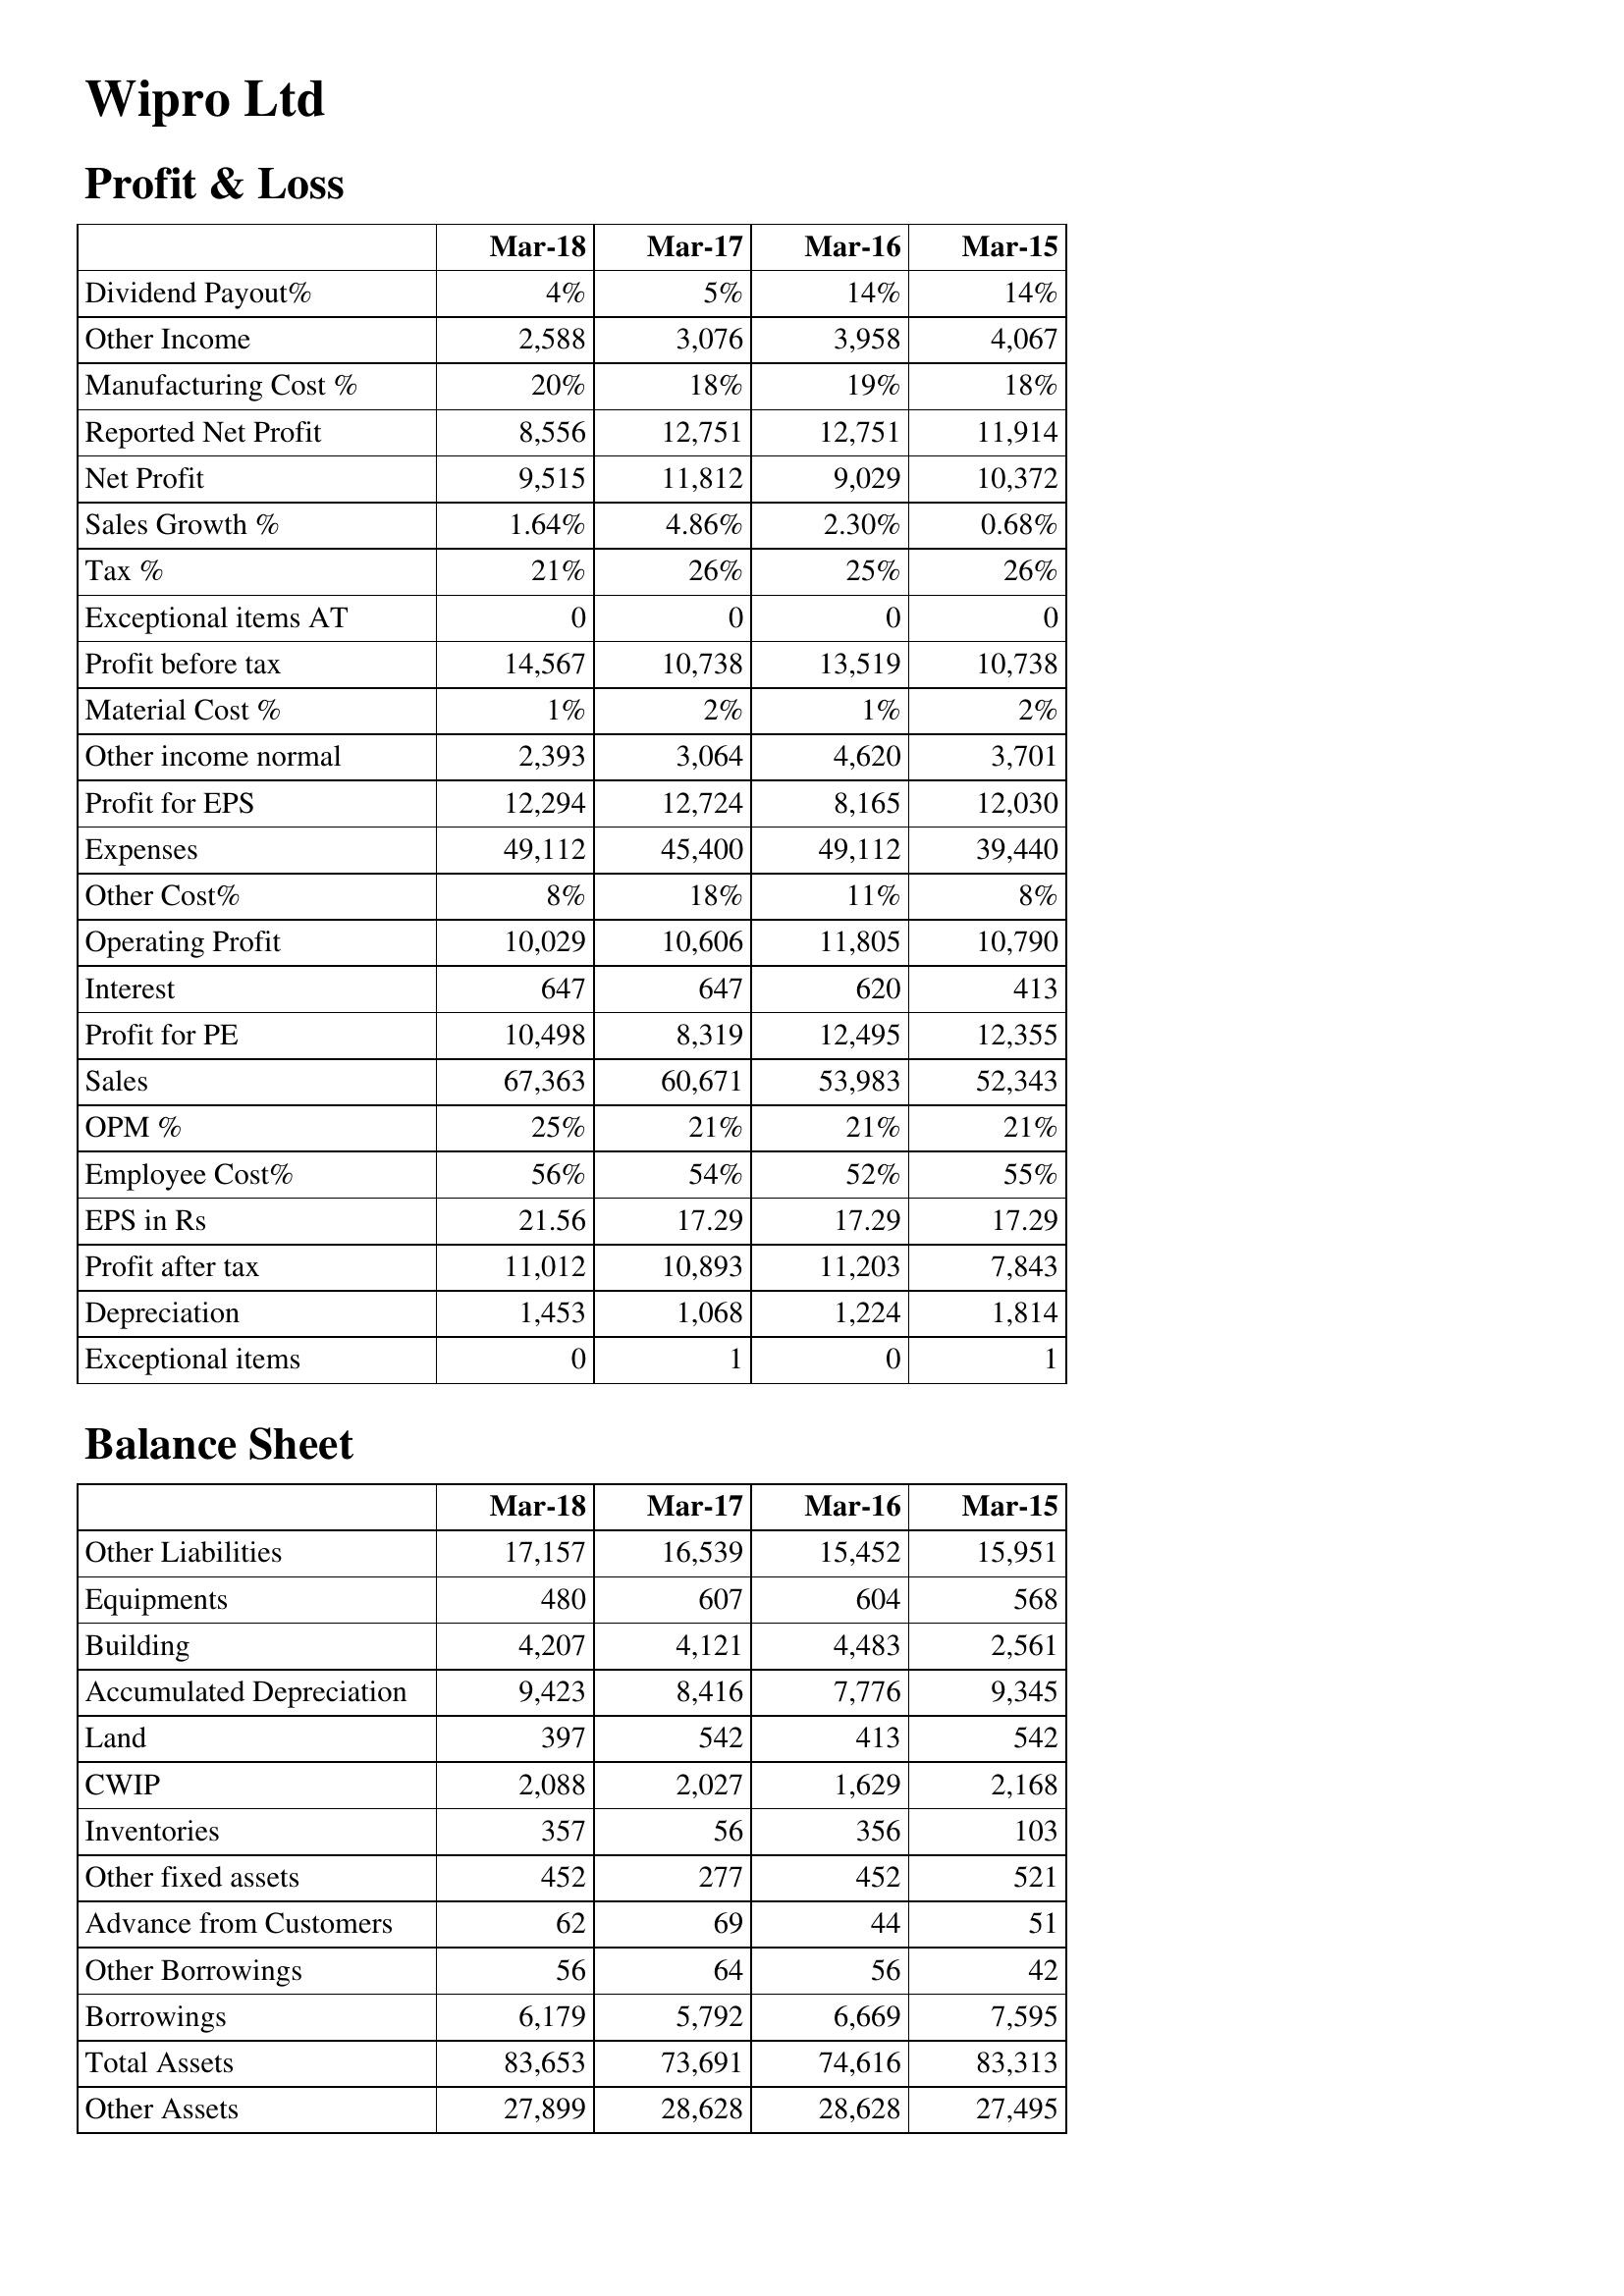
Mar-18: Profit & Loss: Dividend Payout%: 4%
Other Income: 2,588
Manufacturing Cost %: 20%
Reported Net Profit: 8,556
Net Profit: 9,515
Sales Growth %: 1.64%
Tax %: 21%
Exceptional items AT: 0
Profit before tax: 14,567
Material Cost %: 1%
Other income normal: 2,393
Profit for EPS: 12,294
Expenses: 49,112
Other Cost%: 8%
Operating Profit: 10,029
Interest: 647
Profit for PE: 10,498
Sales: 67,363
OPM %: 25%
Employee Cost%: 56%
EPS in Rs: 21.56
Profit after tax: 11,012
Depreciation: 1,453
Exceptional items: 0
Balance Sheet: Other Liabilities: 17,157
Equipments: 480
Building: 4,207
Accumulated Depreciation: 9,423
Land: 397
CWIP: 2,088
Inventories: 357
Other fixed assets: 452
Advance from Customers: 62
Other Borrowings: 56
Borrowings: 6,179
Total Assets: 83,653
Other Assets: 27,899
Mar-17: Profit & Loss: Dividend Payout%: 5%
Other Income: 3,076
Manufacturing Cost %: 18%
Reported Net Profit: 12,751
Net Profit: 11,812
Sales Growth %: 4.86%
Tax %: 26%
Exceptional items AT: 0
Profit before tax: 10,738
Material Cost %: 2%
Other income normal: 3,064
Profit for EPS: 12,724
Expenses: 45,400
Other Cost%: 18%
Operating Profit: 10,606
Interest: 647
Profit for PE: 8,319
Sales: 60,671
OPM %: 21%
Employee Cost%: 54%
EPS in Rs: 17.29
Profit after tax: 10,893
Depreciation: 1,068
Exceptional items: 1
Balance Sheet: Other Liabilities: 16,539
Equipments: 607
Building: 4,121
Accumulated Depreciation: 8,416
Land: 542
CWIP: 2,027
Inventories: 56
Other fixed assets: 277
Advance from Customers: 69
Other Borrowings: 64
Borrowings: 5,792
Total Assets: 73,691
Other Assets: 28,628
Mar-16: Profit & Loss: Dividend Payout%: 14%
Other Income: 3,958
Manufacturing Cost %: 19%
Reported Net Profit: 12,751
Net Profit: 9,029
Sales Growth %: 2.30%
Tax %: 25%
Exceptional items AT: 0
Profit before tax: 13,519
Material Cost %: 1%
Other income normal: 4,620
Profit for EPS: 8,165
Expenses: 49,112
Other Cost%: 11%
Operating Profit: 11,805
Interest: 620
Profit for PE: 12,495
Sales: 53,983
OPM %: 21%
Employee Cost%: 52%
EPS in Rs: 17.29
Profit after tax: 11,203
Depreciation: 1,224
Exceptional items: 0
Balance Sheet: Other Liabilities: 15,452
Equipments: 604
Building: 4,483
Accumulated Depreciation: 7,776
Land: 413
CWIP: 1,629
Inventories: 356
Other fixed assets: 452
Advance from Customers: 44
Other Borrowings: 56
Borrowings: 6,669
Total Assets: 74,616
Other Assets: 28,628
Mar-15: Profit & Loss: Dividend Payout%: 14%
Other Income: 4,067
Manufacturing Cost %: 18%
Reported Net Profit: 11,914
Net Profit: 10,372
Sales Growth %: 0.68%
Tax %: 26%
Exceptional items AT: 0
Profit before tax: 10,738
Material Cost %: 2%
Other income normal: 3,701
Profit for EPS: 12,030
Expenses: 39,440
Other Cost%: 8%
Operating Profit: 10,790
Interest: 413
Profit for PE: 12,355
Sales: 52,343
OPM %: 21%
Employee Cost%: 55%
EPS in Rs: 17.29
Profit after tax: 7,843
Depreciation: 1,814
Exceptional items: 1
Balance Sheet: Other Liabilities: 15,951
Equipments: 568
Building: 2,561
Accumulated Depreciation: 9,345
Land: 542
CWIP: 2,168
Inventories: 103
Other fixed assets: 521
Advance from Customers: 51
Other Borrowings: 42
Borrowings: 7,595
Total Assets: 83,313
Other Assets: 27,495